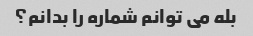
بله می توانم شماره را بدانم؟